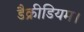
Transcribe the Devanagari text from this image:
डैक्रीडियम।